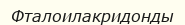
Фталоилакридонды